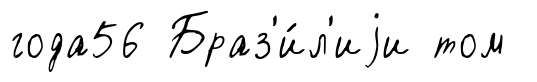
года56 Браз'и́л'иjи том